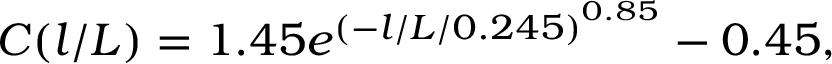
C ( l / L ) = 1 . 4 5 { e } ^ { { ( - l / L / 0 . 2 4 5 ) } ^ { 0 . 8 5 } } - 0 . 4 5 ,